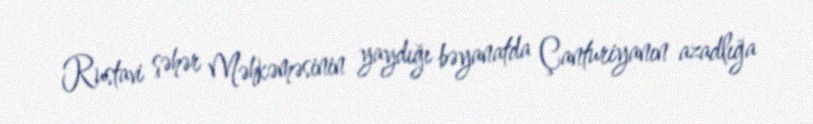
Rustavi şəhər Məhkəməsinin yaydığı bəyanatda Çanturiyanın azadlığa